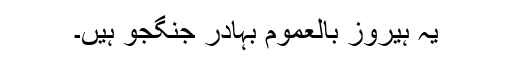
یہ ہیروز بالعموم بہادر جنگجو ہیں۔